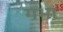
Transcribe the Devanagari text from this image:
गभा